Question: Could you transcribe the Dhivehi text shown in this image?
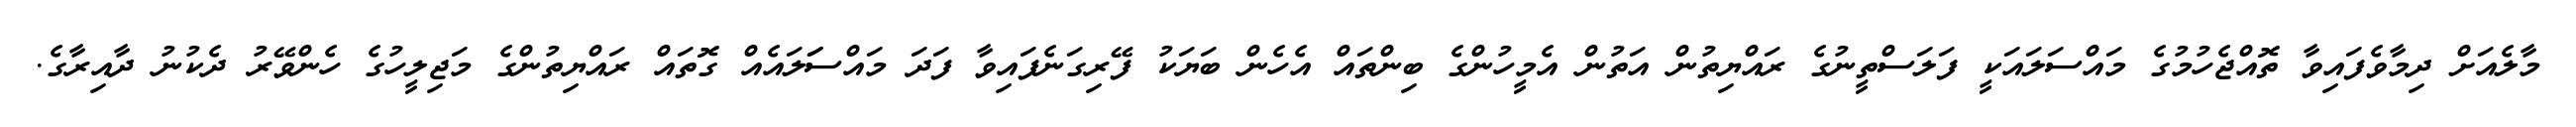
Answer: މާލެއަށް ދިމާވެފައިވާ ތޮއްޖެހުމުގެ މައްސަލައަކީ ފަލަސްތީނުގެ ރައްޔިތުން އަތުން އެމީހުންގެ ބިންތައް އެހެން ބަޔަކު ފޭރިގަނެފައިވާ ފަދަ މައްސަަލައެއް ގޮތައް ރައްޔިތުންގެ މަޖިލީހުގެ ހެންވޭރު ދެކުނު ދާއިރާގެ.